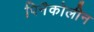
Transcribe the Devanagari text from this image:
पिनैकोलीन